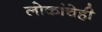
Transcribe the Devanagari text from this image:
लोकांचेही